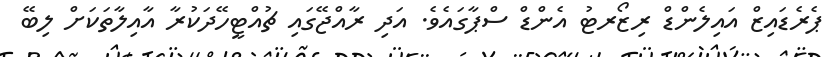
ޕެރެޑައިޒް އައިލެންޑް ރިޒޯރޓު އެންޑް ސްޕާގައެވެ. އަދި ރާއްޖޭގައި ޗުއްޓީހޭދަކުރާ އާއިލާތަކަށް ލިބޭ